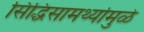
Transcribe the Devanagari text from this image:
सिद्धिसामर्थ्यामुळे